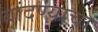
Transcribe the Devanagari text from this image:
बांदण्याचा